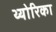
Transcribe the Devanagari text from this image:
थ्योरिका